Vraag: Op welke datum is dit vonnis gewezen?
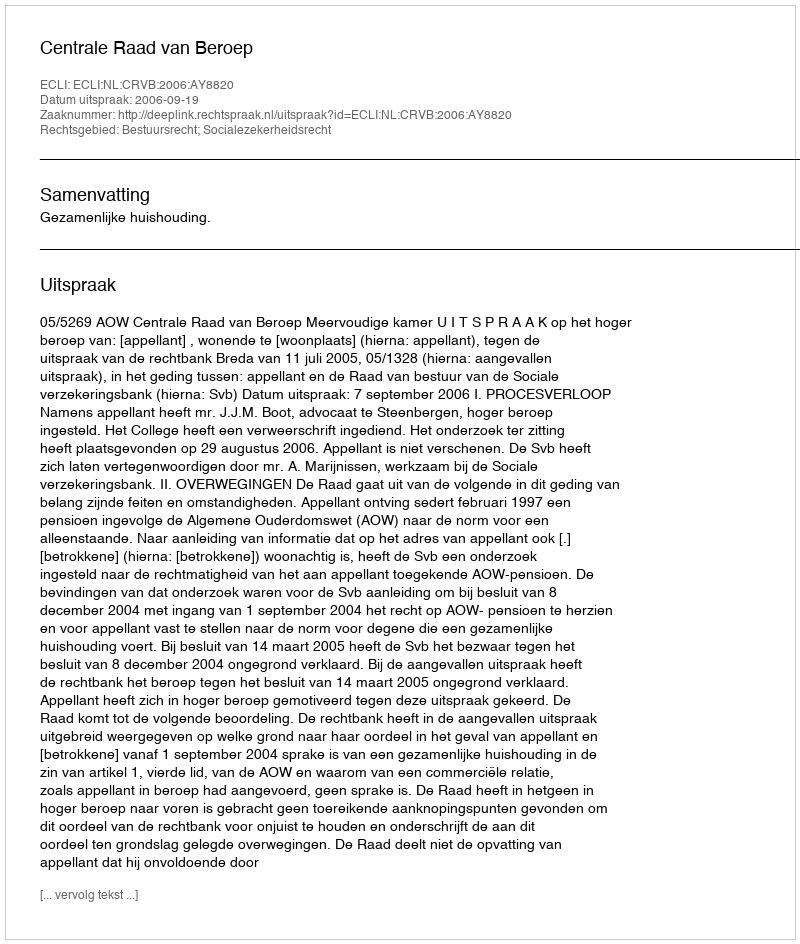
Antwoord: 2006-09-19